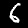
Digit: 6